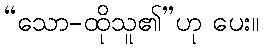
“သော-ထိုသူ၏”ဟု ပေး။